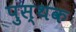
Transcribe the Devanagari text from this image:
पुस्थक